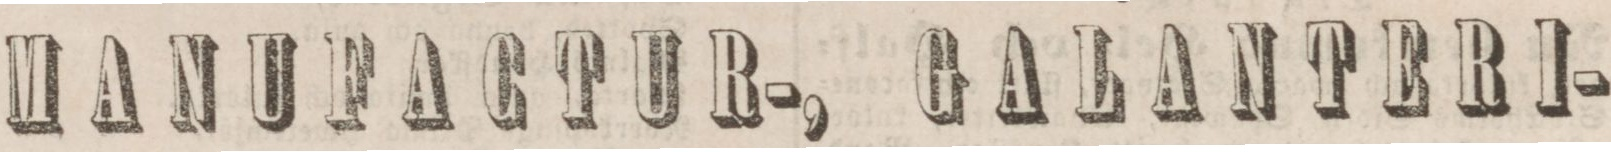
MANUFACTUR-, GALANTERI-